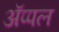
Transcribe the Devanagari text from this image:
अॅप्पल